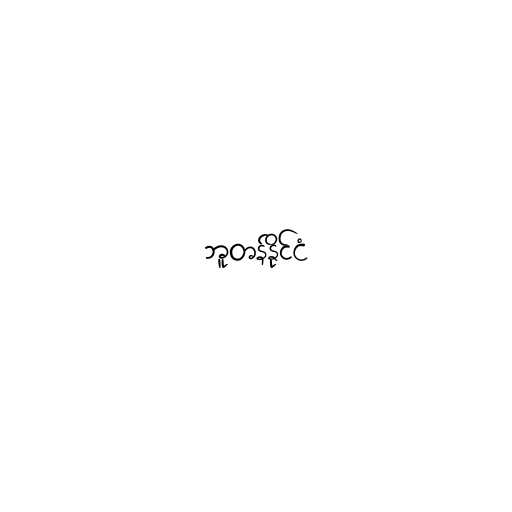
ဘူတန်နိုင်ငံ